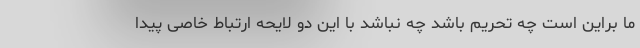
ما براین است چه تحریم باشد چه نباشد با این دو لایحه ارتباط خاصی پیدا